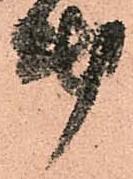
第